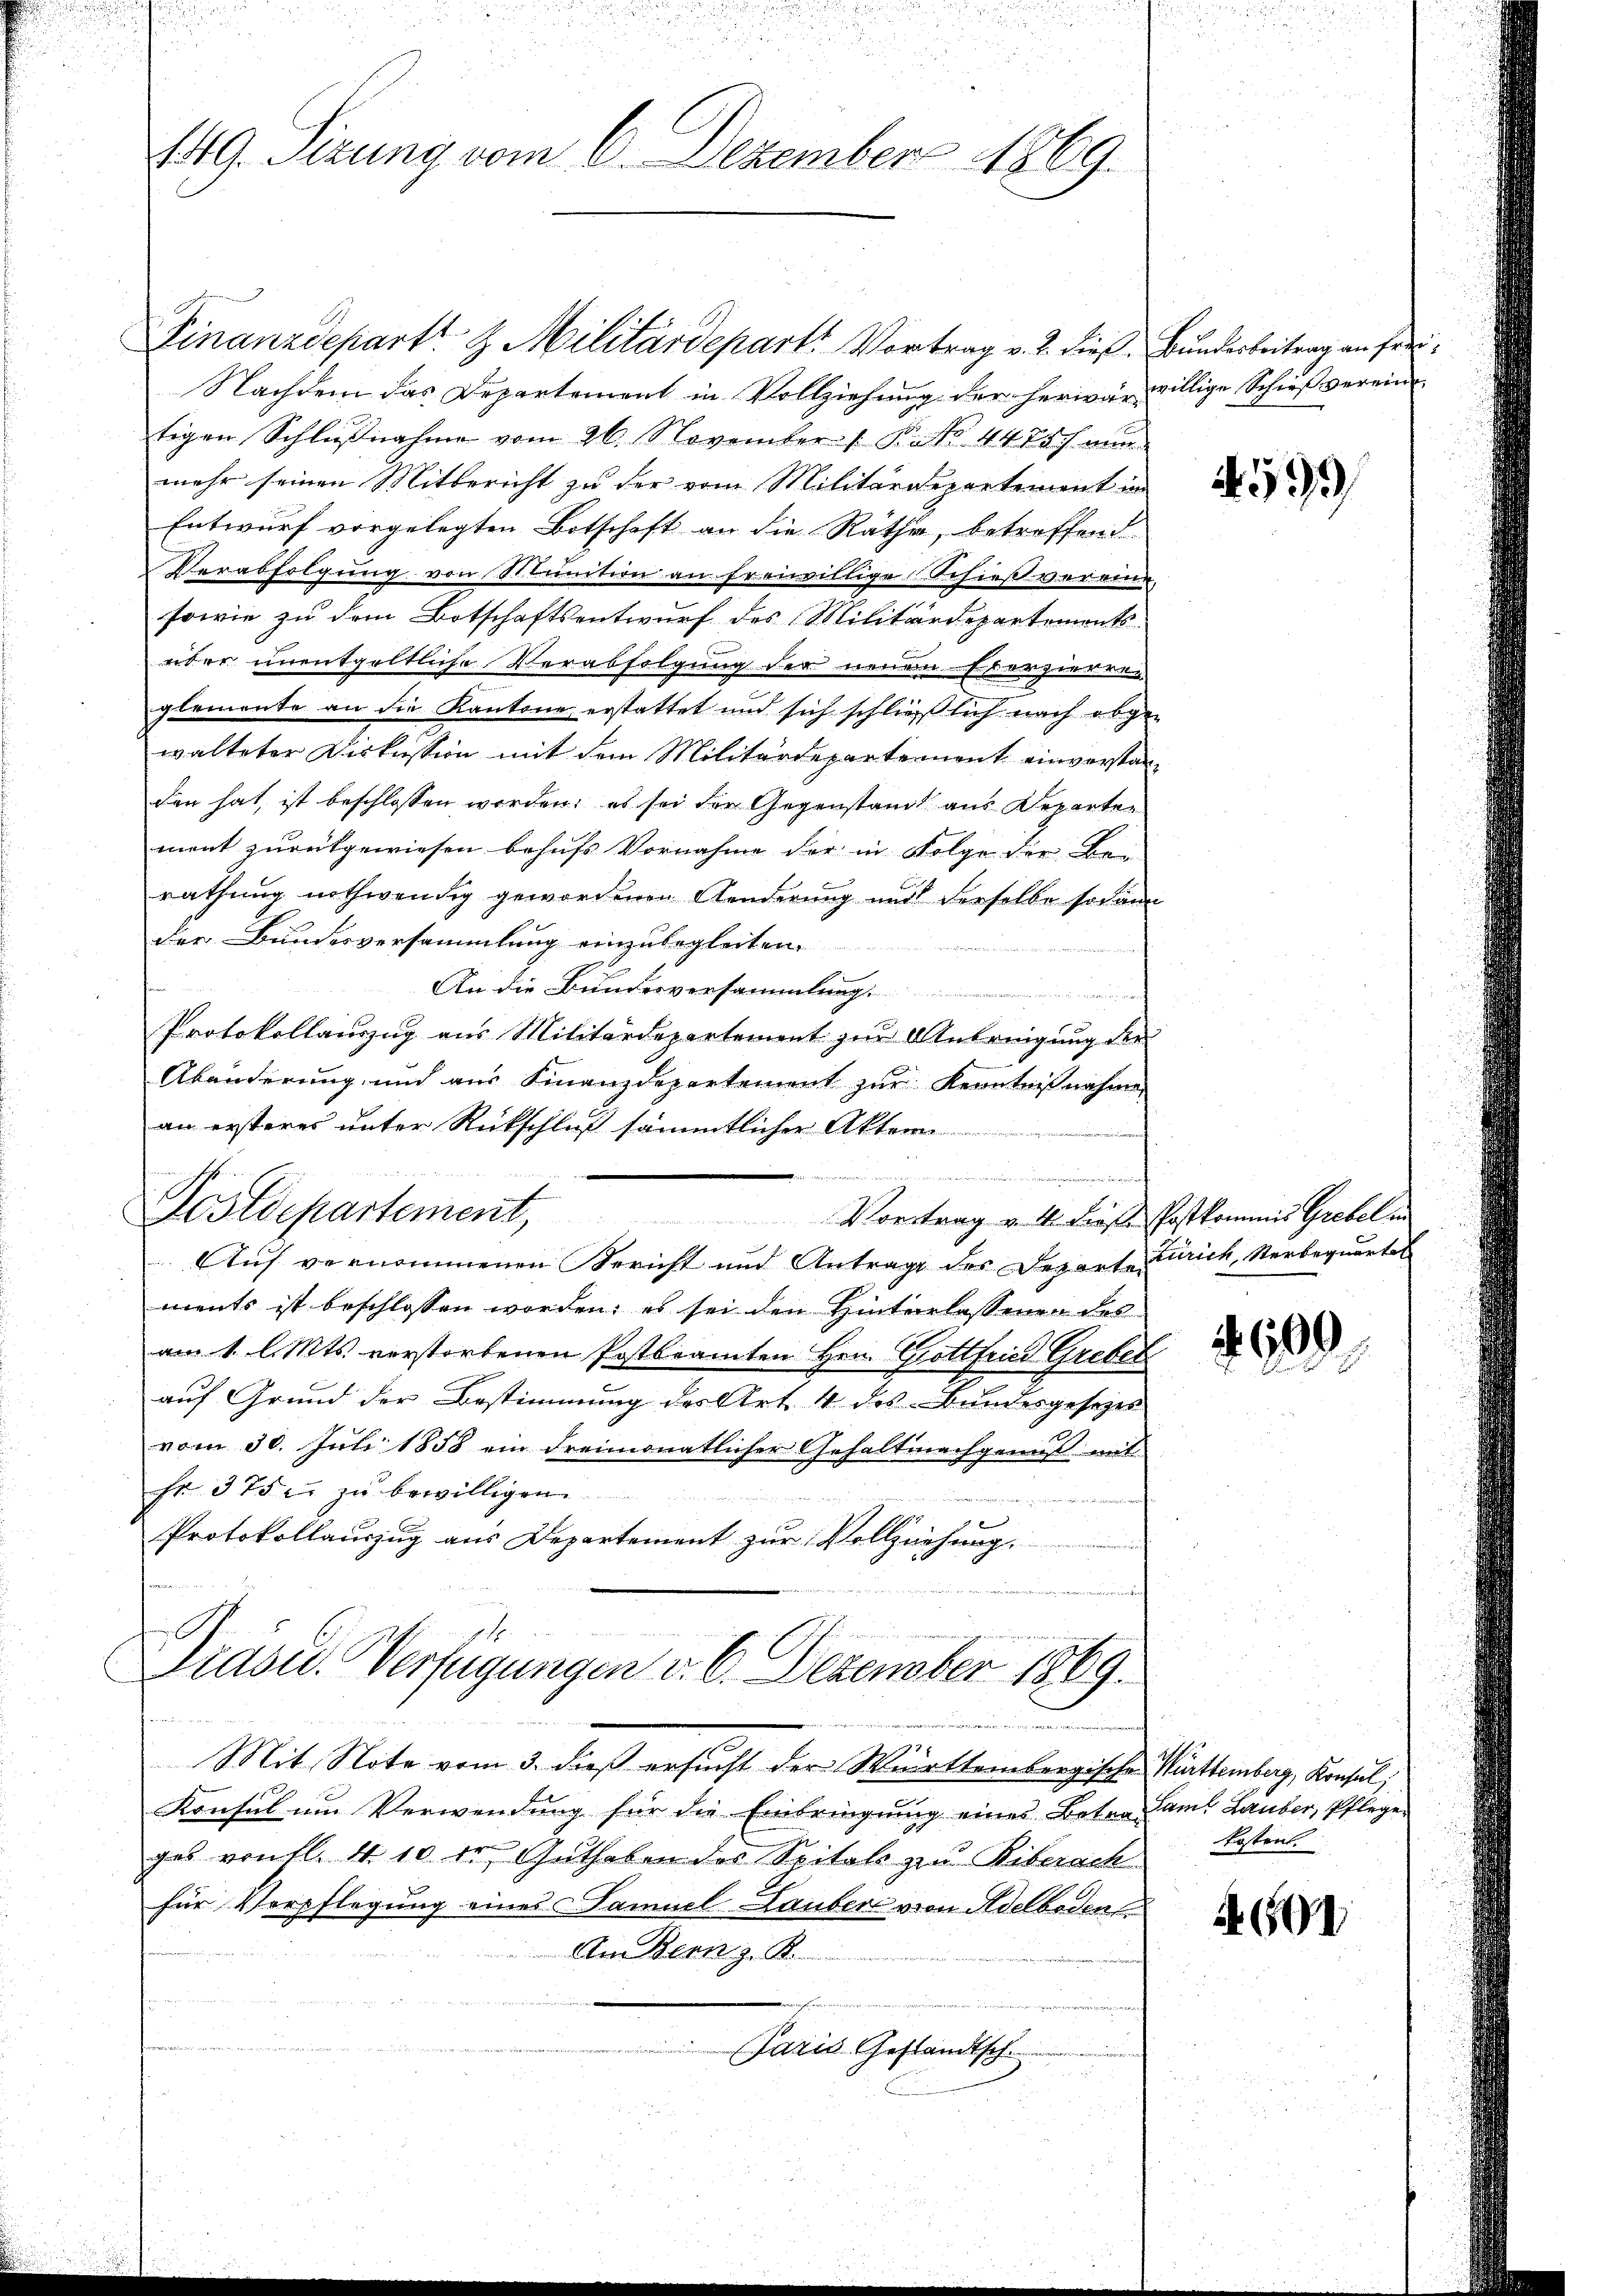
F
149. Sizung vom 6. Dezember 1869.

Finanzdepart & Militärdepart Vortrag v. 2. die Bunderbeitrag an Frei¬
Nachdem das Departement in Vollziehung der herwar willige Schießvereine
tigen Schlußnahme vom 26. November /: K. 447 f au
mehr seinen Mitbericht zu der vom Militärdepartement in
Entwurf vorgelegten Botschaft an die Räthe, betreffend
Verabfolgung von Munition an freiwillige Schießvereine
sowie zu dem Botschaftsentwurf des Militärdepartements
erber unentgeltliche Verabfolgung der neuen Exerzierren
glemente an die Kantone erstattet und sich schließlich nach abge-
walteter Diskussion mit dem Militärdepartement einverstanden hat, ist beschlossen worden; es sei der Gegenstand aus Departen
ment zurückgewiesen behufs Vornahme der in Folge die Bei-
rathung nothwendig gewordenen Aenderung und derselbe sodann
der Bundesversammlung einzubegleiten.
An die Bundesversammlung
Protokollauszug aus Militärdepartement zur Anbringung der
Abänderung und aus Finanzdepartement zur Kenntnißnahme
an ersteres unter Rückschluß sämmtlicher Aktern
wenn einer einer

Postdepartement,
Vortrag v. 4. diese Postkommis Grebel in
Auf vernommenen Bericht und Antrage des Departe Zürich, Verbequartel
ments ist beschlossen worden; es sei den Hinterlassenen des
am 1. l. Mts. verstorbenen Postbeamten Hrn. Gottfried Grebel
auf Grund der Bestimmung des Art. 4 des Bundesgesetzes
vom 30. Juli 1858 ein Freimonatlicher Gehaltnachgenuß mit
Fr. 375. zu bewilligen.
Ferie
Protokollauszug aus Departement zur Vollziehung.
Präsid. Verfügungen d. 6. Dezember 1869.

Mit Note vom 3. dieß ersucht der Württembergische Württemberg, Konsul,
Konsul im Verwendung für die Einbringung eines Betrag amt Lauber, Pflege
ges von fl. 410 fr Guthaben des Spitals zu Biberach
für Verpflegung eines Samuel Lauber von Adelboden
An Bern z. K.
Paris Geständische

4593)

609

kosten.

4600